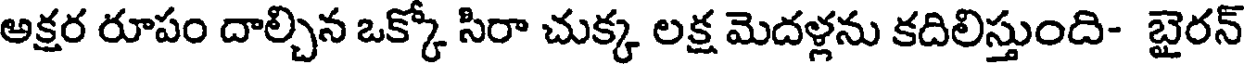
అక్షర రూపం దాల్చిన ఒక్కో సిరా చుక్క లక్ష మెదళ్లను కదిలిస్తుంది- బైరన్